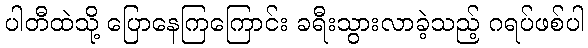
ပါတီထဲသို့ ပြောနေကြကြောင်း ခရီးသွားလာခဲ့သည့် ဂရပ်ဖစ်ပါ